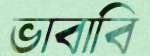
ভাবাবি